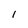
Character: 1